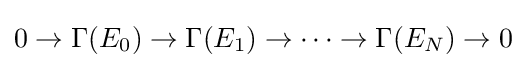
0\to \Gamma (E_{0})\to \Gamma (E_{1})\to \cdots \to \Gamma (E_{N})\to 0